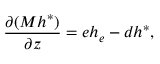
\frac { \partial ( M h ^ { * } ) } { \partial z } = e h _ { e } - d h ^ { * } ,